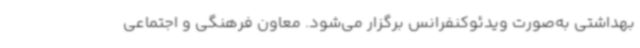
بهداشتی به‌صورت ویدئوکنفرانس برگزار می‌شود. معاون فرهنگی و اجتماعی